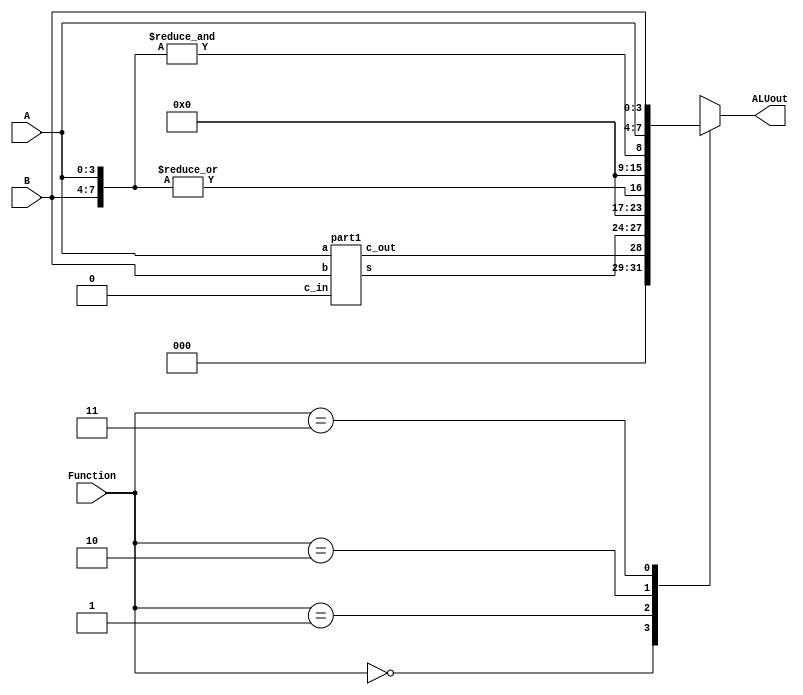
`timescale 1ns / 1ns // `timescale time_unit/time_precision

module part2(A, B, Function, ALUout);
	input [3:0]A,B;
	input [1:0]Function;
	output reg [7:0] ALUout;

	wire [3:0]w0;
	wire c_out;
	part1 add(.a(A),.b(B),.c_in(1'b0),.s(w0),.c_out(c_out));

	always@(*)
	begin
		case(Function)
			2'b00: ALUout = {4'b00,c_out,w0};
			2'b01: ALUout = {7'b0000000,|{A,B}};
			2'b10: ALUout = {7'b0000000,&{A,B}};
			2'b11: ALUout = {A,B};
			default: ALUout = 8'b00000000;
		endcase
	end
endmodule

module part1(a, b, c_in, s, c_out);
	input [3:0]a,b;
	input c_in;
	output [3:0]s;
	output c_out;
	wire c1, c2, c3;
	adder bit0(a[0], b[0], c_in, s[0], c1);
	adder bit1(a[1], b[1], c1, s[1], c2);
	adder bit2(a[2], b[2], c2, s[2], c3);
	adder bit3(a[3], b[3], c3, s[3], c_out);
endmodule


module adder(input a, b, c_in, output s, c_out);
	assign s = a^b^c_in;
	assign c_out = (a & b)|(b & c_in)|(a & c_in);
endmodule